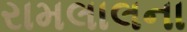
રામલાલના